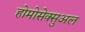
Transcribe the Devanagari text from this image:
होमोसेक्सुअल